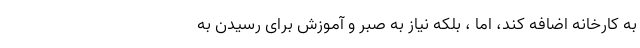
به کارخانه اضافه کند، اما ، بلکه نیاز به صبر و آموزش برای رسیدن به